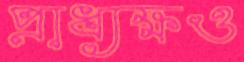
প্রাধ্যক্ষও